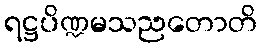
ရဋ္ဌပိဏ္ဍမသညတောတိ